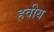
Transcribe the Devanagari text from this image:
हवीय